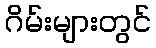
ဂိမ်းများတွင်